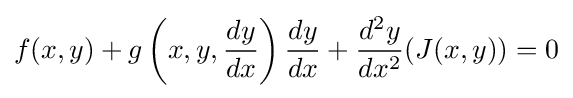
f(x,y)+g\left(x,y,{dy \over dx}\right){dy \over dx}+{d^{2}y \over dx^{2}}(J(x,y))=0